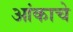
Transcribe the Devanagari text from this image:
आंकाचे